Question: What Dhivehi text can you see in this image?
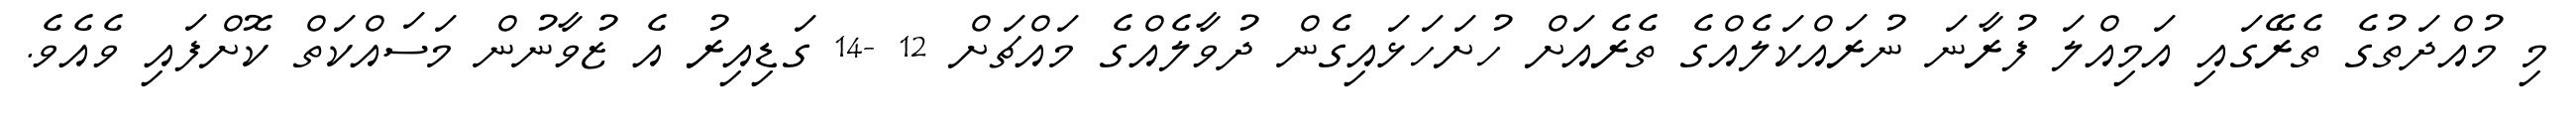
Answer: މި މުއްދަތުގެ ތެރޭގައި އަމިއްލަ ފުރާނަ ނުރައްކަލެއްގެ ތެރެއަށް ހުށަހަޅައިގެން ދުވާލެއްގެ މައްޗަށް 12 -14 ގަޑިއިރު އެ ޒުވާނުން މަސައްކަތް ކޮށްފައި ވެއެވެ.